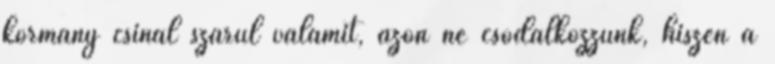
kormány csinál szarul valamit, azon ne csodálkozzunk, hiszen a